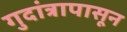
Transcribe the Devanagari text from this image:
गुदांत्रापासून